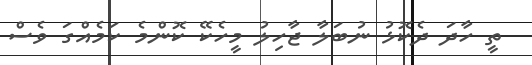
ތީ ހާދަ ދެކޮޅު ނުބަލާ ޖާހިލު މީހެކޭ ކޮންމެ ކަމެއްގަ ވެސް